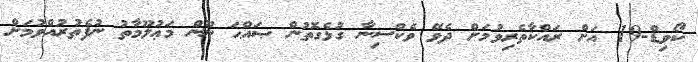
ކޯވިޑް-19 އަށް ރައްކާތެރިވުމަށް ދެވޭ ވެކްސިނާ ގުޅެގޮތުން ޞައްޙަ ނޫން މަޢުލޫމާތު ނުފެތުރުއްވުމަށް